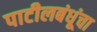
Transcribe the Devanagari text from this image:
पाटीलबंधूंचा